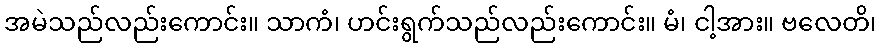
အမဲသည်လည်းကောင်း။ သာကံ၊ ဟင်းရွက်သည်လည်းကောင်း။ မံ၊ ငါ့အား။ ဗလေတိ၊